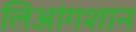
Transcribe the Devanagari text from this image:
लिआंगशान